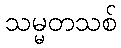
သမ္မတသစ်